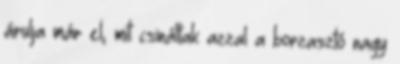
árulja már el, mit csináltak azzal a borzasztó nagy